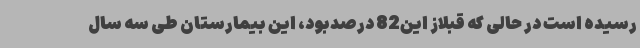
رسیده است در حالی که قبلاز این82 درصدبود، این بیمارستان طی سه سال